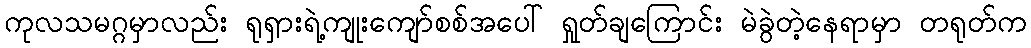
ကုလသမဂ္ဂမှာလည်း ရုရှားရဲ့ကျုးကျော်စစ်အပေါ် ရှုတ်ချကြောင်း မဲခွဲတဲ့နေရာမှာ တရုတ်က